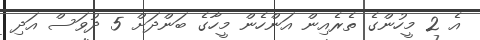
އެ 2 މީހުންގެ ތެރެއިން އަންހެން މީހާގެ ބަންދަށް 5 ދުވަސް އަދި